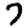
Digit: 7